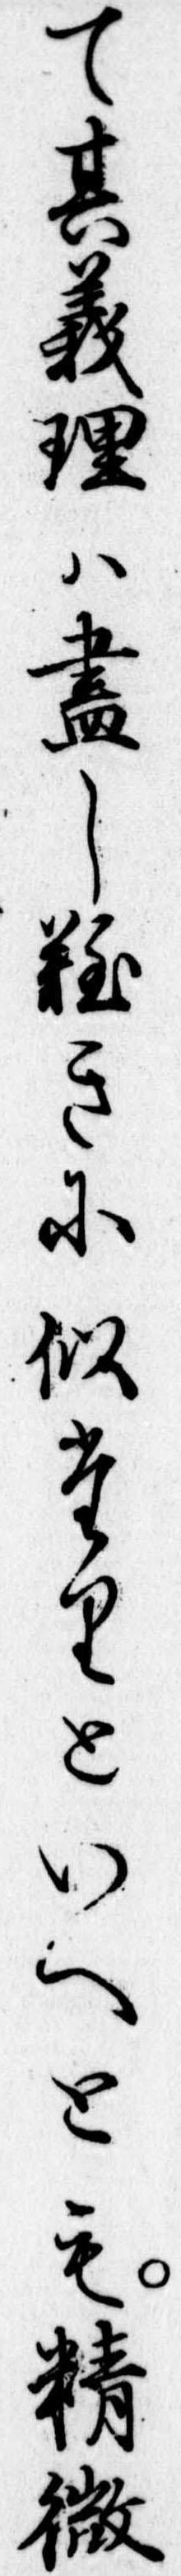
て其義理は尽し難きに似たりといへとも精微